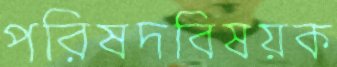
পরিষদবিষয়ক